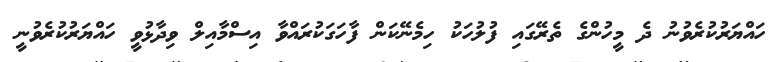
ހައްޔަރުކުރެވުނު ދެ މީހުންގެ ތެެރޭގައި ފުލުހަކު ހިމެނޭކަން ފާހަަގަކުރައްވާ އިސްމާއިލް ވިދާޅުވީ ހައްޔަރުކުރެވުނީ